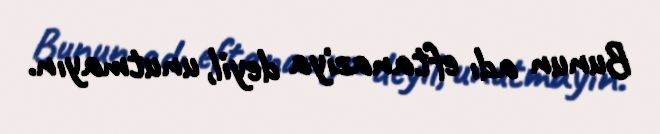
Bunun adı eftanaziya deyil, unutmayın.